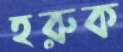
হরুক